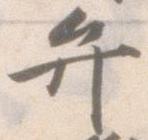
弁